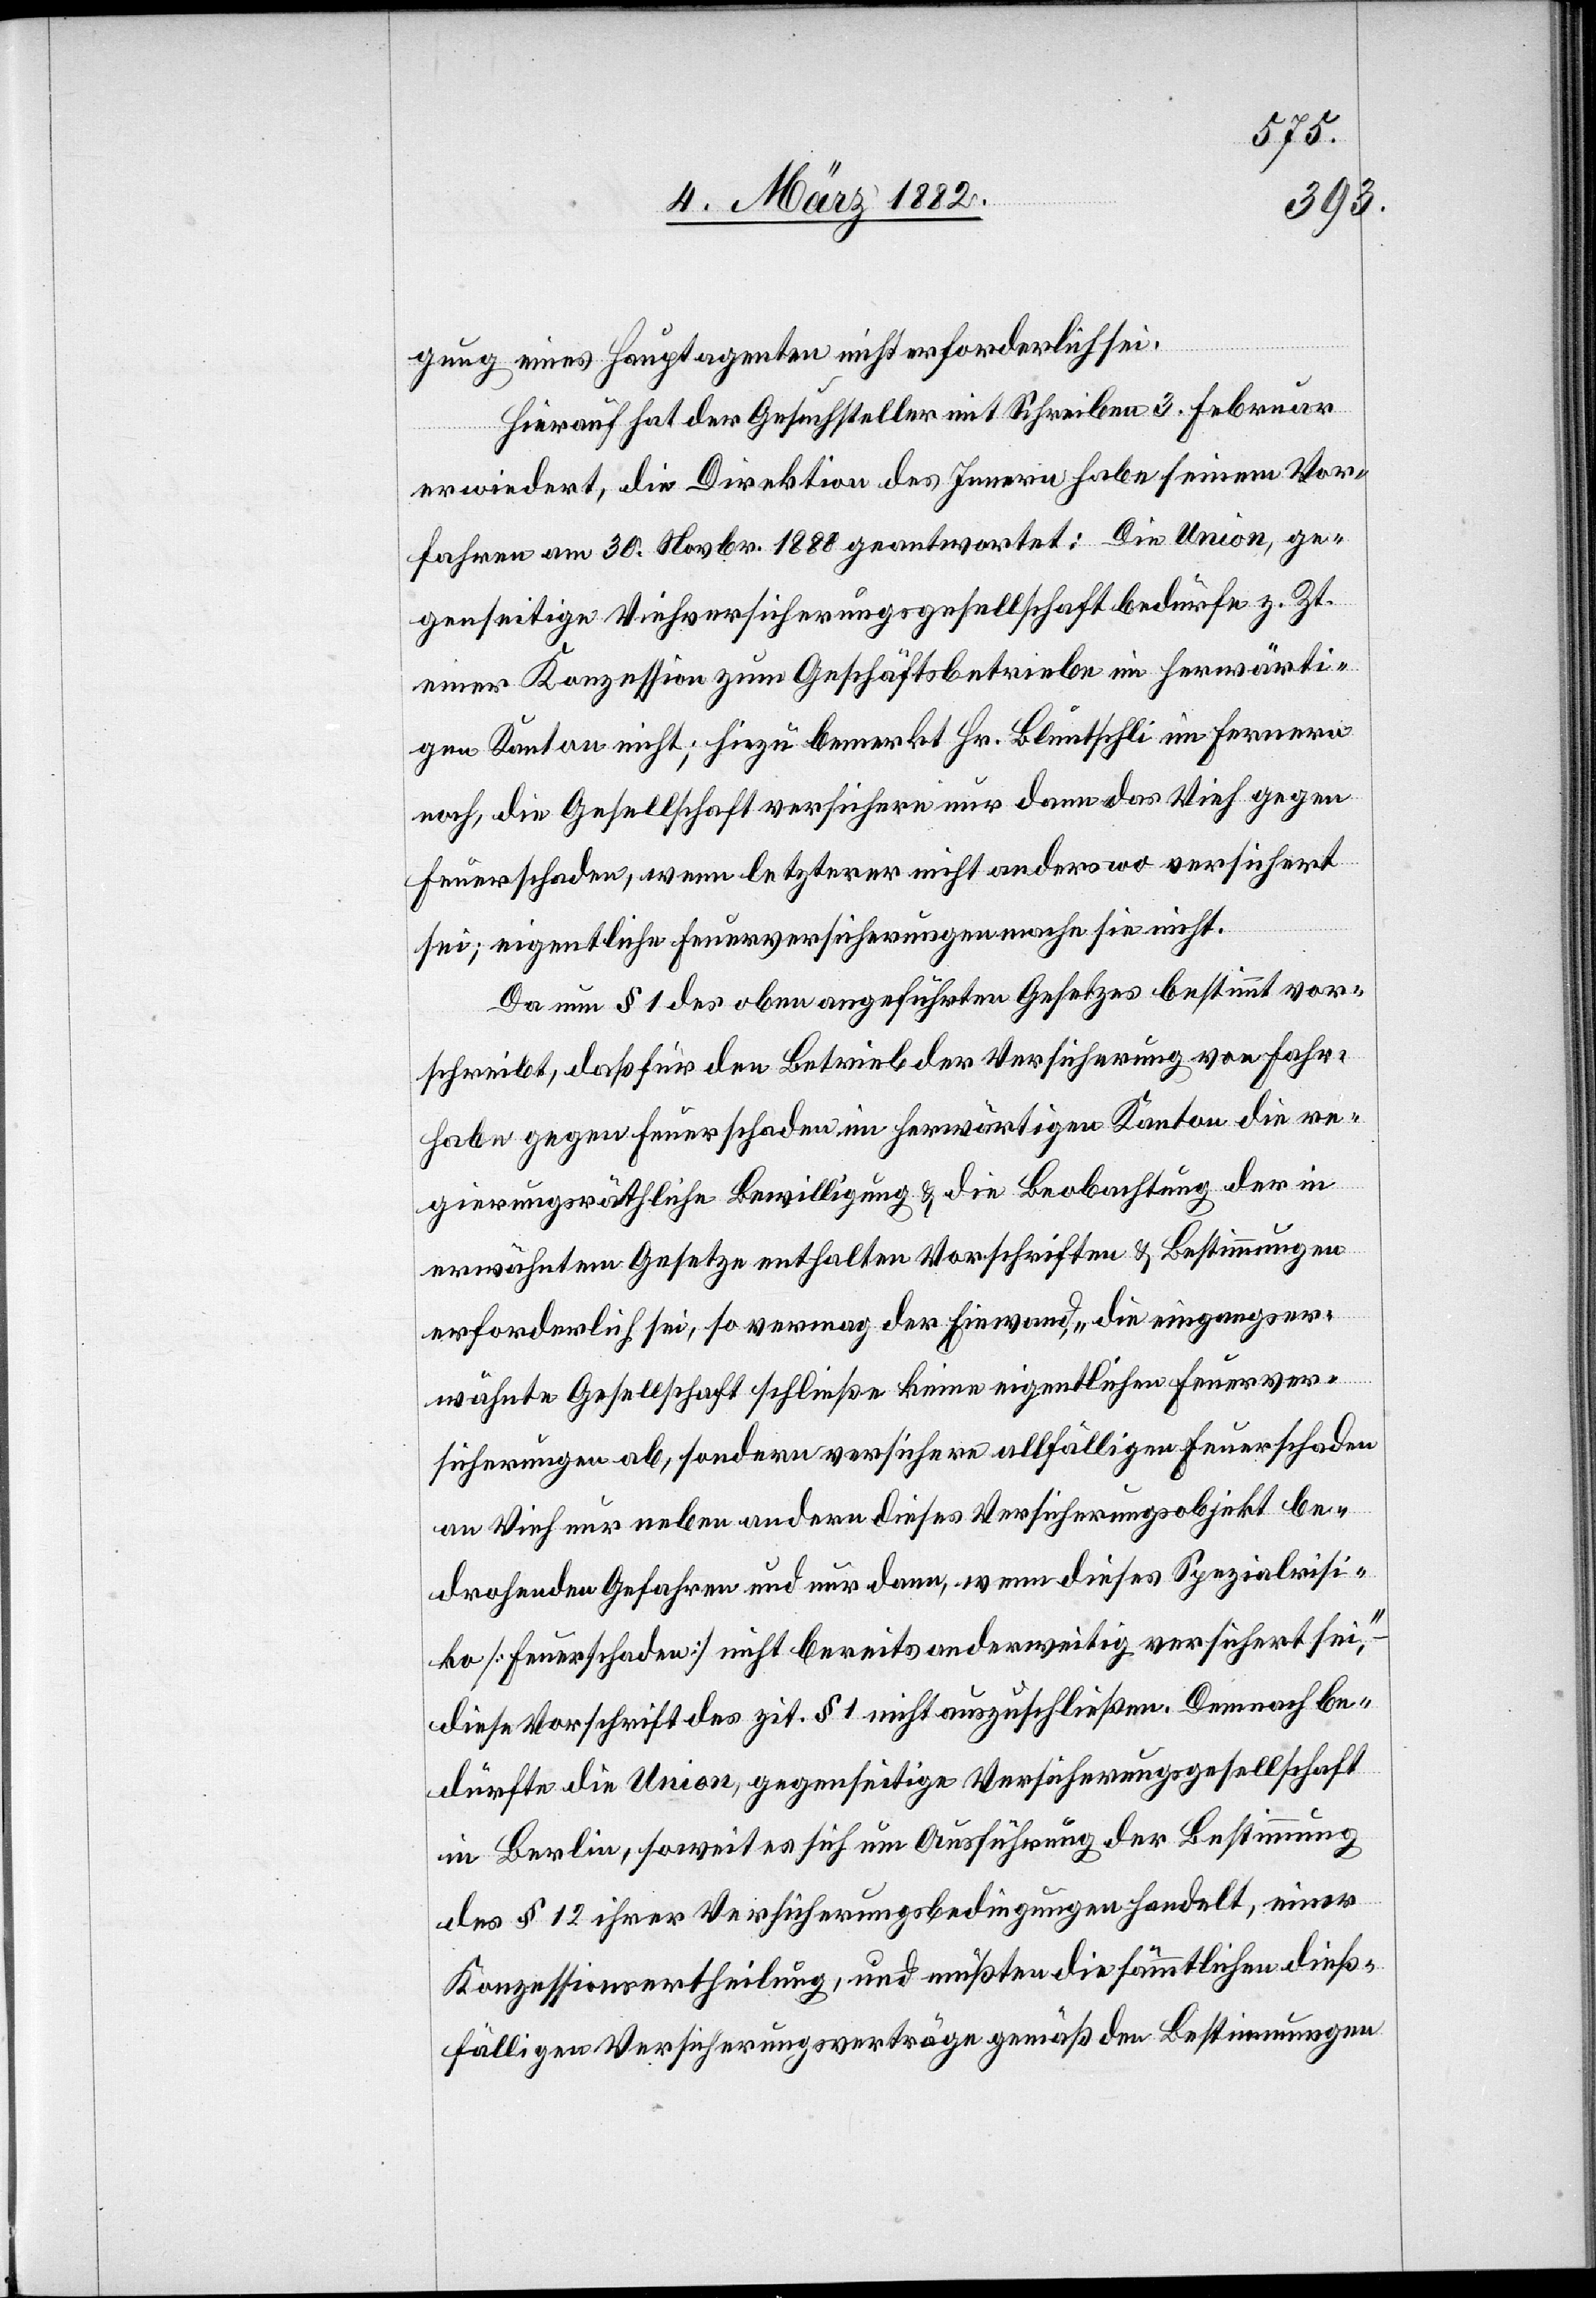
gung eines Hauptagenten nicht erforderlich sei.
Hierauf hat der Gesuchsteller mit Schreiben 3. Februar
erwiedert, die Direktion des Innern habe seinen Vor¬
fahren am 30. Novbr. 1880 geantwortet: Die Union, ge¬
genseitige Viehversicherungsgesellschaft bedürfe z. Zt.
einer Konzession zum Geschäftsbetriebe im herwärti¬
gen Kanton nicht; hiezu bemerkt Hr. Bluntschli im Ferneren
noch, die Gesellschaft versichere nur dann das Vieh gegen
Feuerschaden, wenn letztere nicht anderswo versichert
sei; eigentliche Feuerversicherungen mache sie nicht.
Da nun § 1 des oben angeführten Gesetzes bestimmt vor¬
scheibt, daß für den Betrieb der Versicherung von Fahr¬
habe gegen Feuerschaden im herwärtigen Kanton die re¬
gierungsräthliche Bewilligung & die Beobachtung der im
erwähntem Gesetze enthaltenen Vorschriften & Bestimmungen
erforderlich sei, so vermag der Einwand „die eingangser¬
wähnte Gesellschaft schließe keine eigentlichen Feuerver¬
sicherungen ab, sondern versichere allfälligen Feuerschaden
an Vieh nur neben anderen dieses Versicherungsobjekt be¬
drohenden Gefahren und nur dann, wenn dieses Spezialrisi¬
ko [Feuerschaden] nicht bereit anderweitig versichert sei,“
diese Vorschrift des zit. § 1 nicht auszuschließen. Demnach be¬
dürfte die Union, gegenseitiger Viehversicherungsgesellschaft
in Berlin, soweit es sich um Ausführung der Bestimmung
des § 12 ihrer Versicherungsbedingungen handelt, einer
Konzessionsertheilung, und mußten die sämmtliche dieß¬
fälligen Versicherungsverträge gemäß den Bestimmungen